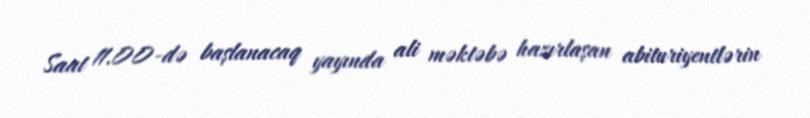
Saat 11.00-də başlanacaq yayında ali məktəbə hazırlaşan abituriyentlərin